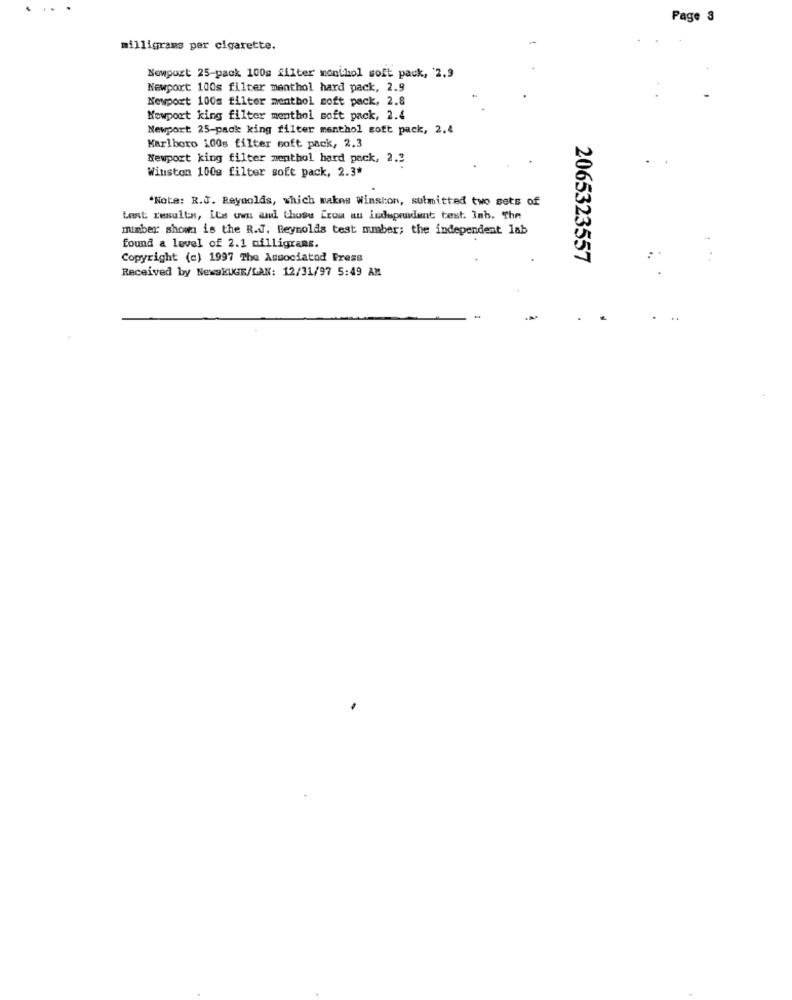
Page 3
milligrams per cigarette.
Newport 25-pack 100g filter monthol soft pack, '2.9
Newport: 100s filter menthol hard pack, 2.9
Newport 100s filter menthol soft pack, 2.8
Newport king filter menthol soft pack, 2.4
Newport 25-pack king filter menthol soft pack, 2.4
Karlboro 100s filter soft pack, 2.3
Newport king filter menthol hard peck, 2.3
Winston 100g filter soft pack, 2.3*
"Note: R.J. Reynolds, which makes Winston, submitted two sets of
test results, its own and Chose Crow au independent text. Inb. The
mimber shown is the R.J. Reynolds test mumber; the independent lab
found a level of 2.1 milligrams.
Copyright (c) 1997 The Associated Press
2065323557
:
Received by NewsKUGE/LAN: 12/31/97 5:49 AM